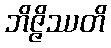
ဘိဇ္ဇိဿတိ